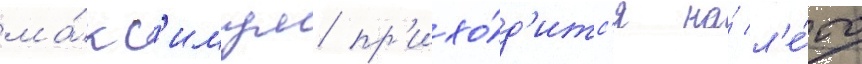
ма́кс'имум пр'ихо́д'итс'я на́ л'е́то